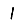
Digit: 1